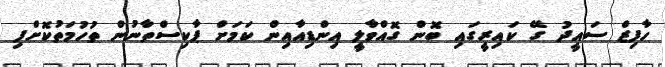
ހާފިޒް ސައީދު ގޭ ކައިރީގައި ބޮން ގޮއްވާލީ އިންޑިއާއިން ކަމަށް ޕާކިސްތާނުން ތުހުމަތުކޮށްފި